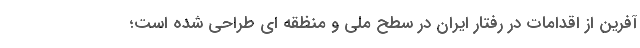
آفرین از اقدامات در رفتار ایران در سطح ملی و منظقه ای طراحی شده است؛